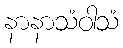
နာနာသံဝါသံ